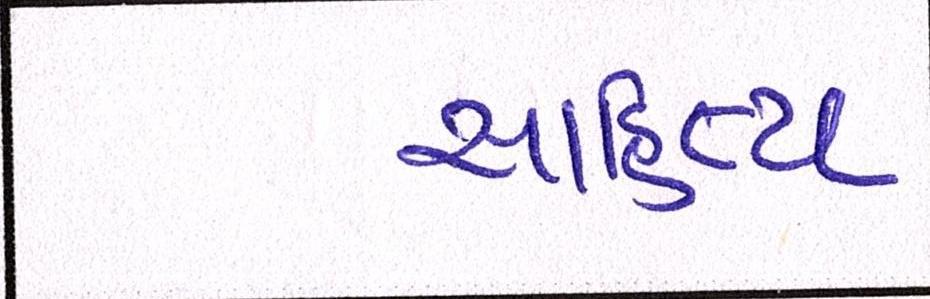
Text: સાહિત્ય